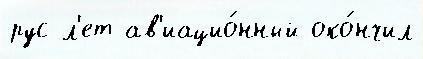
рус л'ет ав'иацио́нный око́нчил